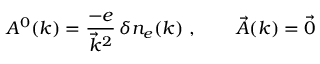
A ^ { 0 } ( k ) = \frac { - e } { \vec { k } ^ { 2 } } \, \delta n _ { e } ( k ) \ , \qquad \vec { A } ( k ) = \vec { 0 }